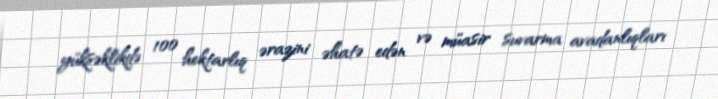
yüksəklikdə 100 hektarlıq ərazini əhatə edən və müasir suvarma avadanlıqları